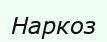
Наркоз